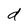
Character: d